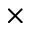
\times